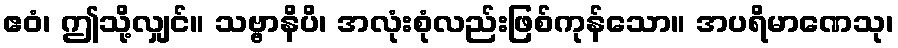
ဧဝံ၊ ဤသို့လျှင်။ သဗ္ဗာနိပိ၊ အလုံးစုံလည်းဖြစ်ကုန်သော။ အပရိမာဏေသု၊